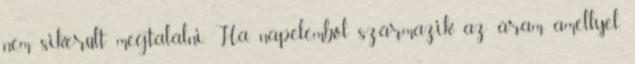
nem sikerült megtalálni. Ha napelemből származik az áram, amellyel